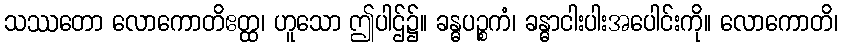
သဿတော လောကောတိဧတ္ထ၊ ဟူသော ဤပါဌ်၌။ ခန္ဓပဉ္စကံ၊ ခန္ဓာငါးပါးအပေါင်းကို။ လောကောတိ၊